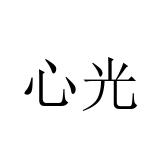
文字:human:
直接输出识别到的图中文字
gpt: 心光